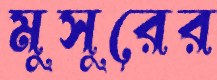
মুসুরের